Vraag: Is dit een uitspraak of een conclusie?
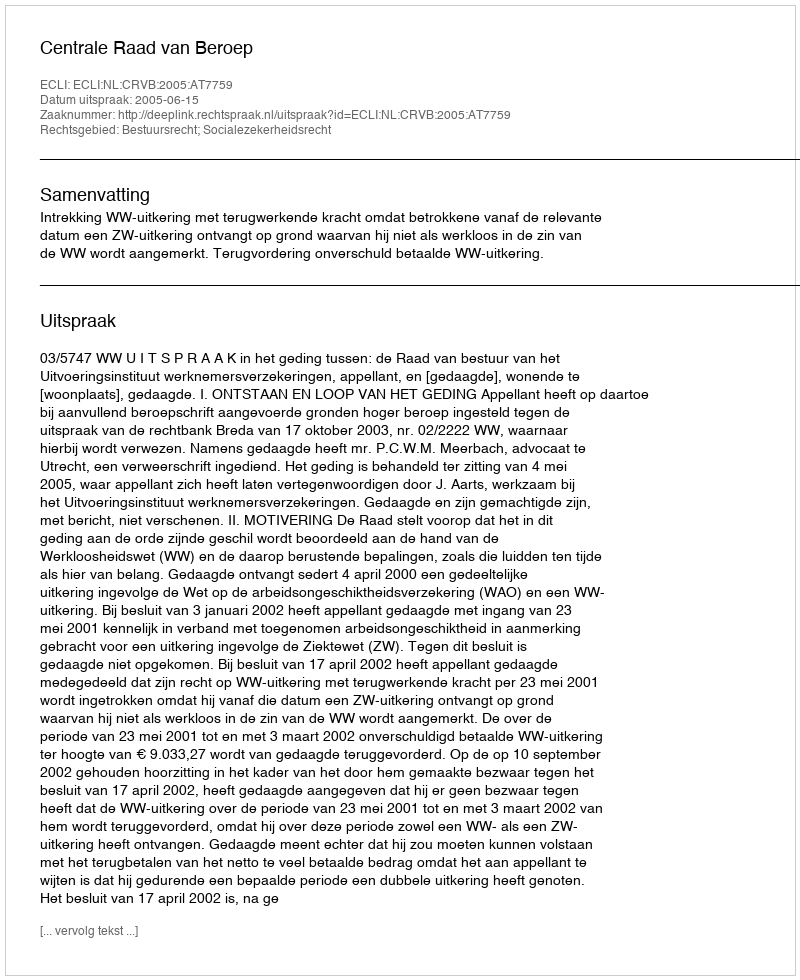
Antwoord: Uitspraak